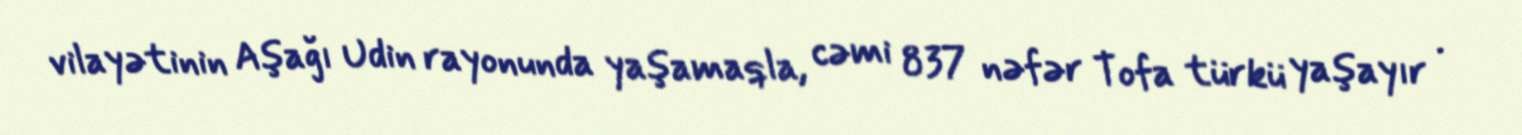
vilayətinin Aşağı Udin rayonunda yaşamaqla, cəmi 837 nəfər Tofa türkü yaşayır .